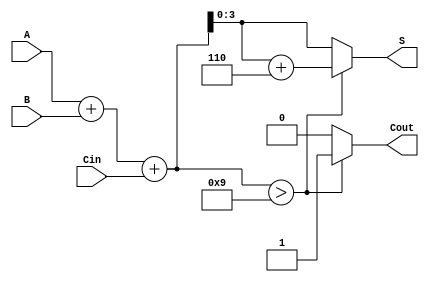
module BCD_Ripple_Carry_Adder(
    input [3:0] A,       // BCD input A
    input [3:0] B,       // BCD input B
    input Cin,           // Carry input
    output reg [3:0] S,  // BCD sum output
    output reg Cout      // Carry output
);

reg [4:0] sum;  // 5-bit sum to accommodate carry

always @(*) begin
    // Perform binary addition
    sum = A + B + Cin;

    // Check if correction is needed
    if (sum > 9) begin
        S = sum + 6;  // Apply BCD correction
        Cout = 1;     // Set carry out
    end else begin
        S = sum[3:0]; // No correction needed
        Cout = 0;     // Clear carry out
    end
end

endmodule